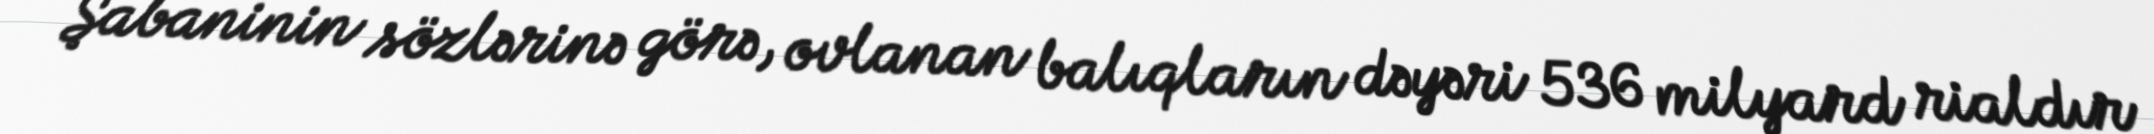
Şabaninin sözlərinə görə, ovlanan balıqların dəyəri 536 milyard rialdır